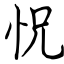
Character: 怳